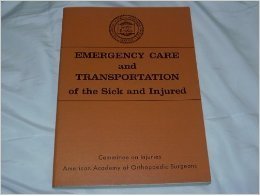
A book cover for Emergency Care and Transportation of the Sick and Injured; Medical Books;